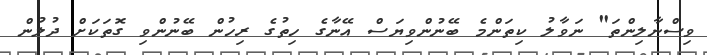
ވިސްނާލިންތަ" ނަވާލު ކިތަންމެ ބޭނުންވިޔަސް އޭނާގެ ހިތުގެ ރިހުން ބޭނުންވި ގޮތަކަށް ދުލުން